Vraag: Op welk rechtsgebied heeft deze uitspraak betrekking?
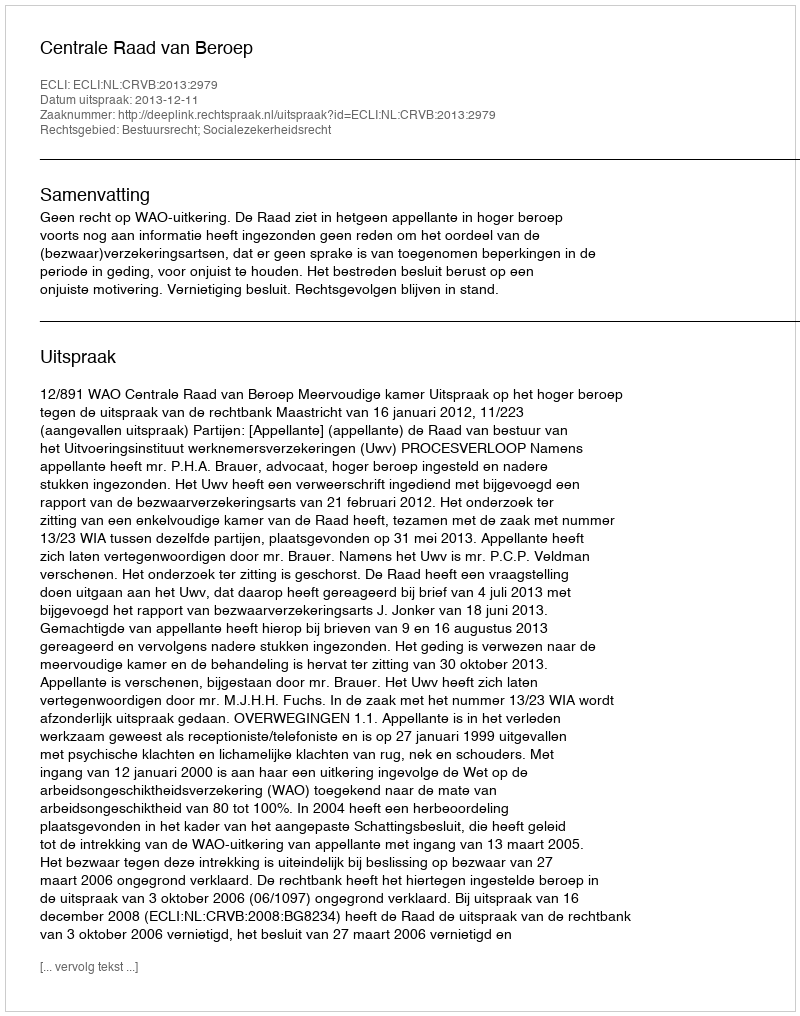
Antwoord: Bestuursrecht; Socialezekerheidsrecht